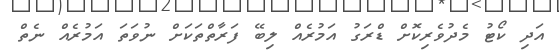
އަދި ކޯޓު މެދުވެރިކޮށް ޑްރަގު އަމުރެއް ލިބޭ ފަރާތްތަކަށް ނުވަތަ އަމުރެއް ނެތް